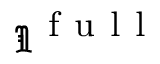
\Im ^ { \mathrm { ~ f ~ u ~ l ~ l ~ } }